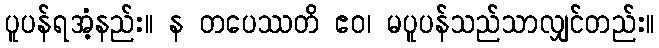
ပူပန်ရအံ့နည်း။ န တပေဿတိ ဧဝ၊ မပူပန်သည်သာလျှင်တည်း။